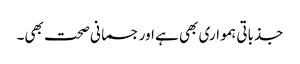
جذباتی ہمواری بھی ہے اور جسمانی صحت بھی۔